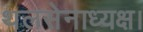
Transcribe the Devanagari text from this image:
थलसेनाध्यक्ष।